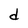
Character: d